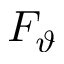
F _ { \vartheta }